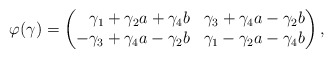
\begin{gather*}\varphi (\gamma) = \begin{pmatrix*}[r]\gamma_{1} +\gamma_{2}a+\gamma_{4}b & \gamma_{3} + \gamma_{4}a-\gamma_{2}b \\-\gamma_{3} + \gamma_{4}a-\gamma_{2}b & \gamma_{1}-\gamma_{2}a-\gamma_{4}b \end{pmatrix*}, \end{gather*}